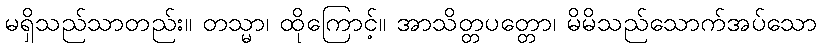
မရှိသည်သာတည်း။ တသ္မာ၊ ထိုကြောင့်။ အာသိတ္တပတ္တော၊ မိမိသည်သောက်အပ်သော